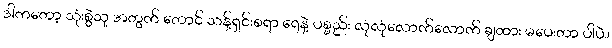
ဒါကတော့ သုံးစွဲသူ အတွက် တောင် သန့်ရှင်းစရာ ရေနဲ့ ပစ္စည်း လုံလုံလောက်လောက် ချထား မပေးတာ ပါပဲ။